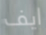
ايف